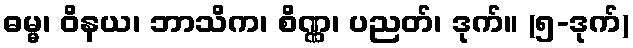
ဓမ္မ၊ ဝိနယ၊ ဘာသိက၊ စိဏ္ဏ၊ ပညတ်၊ ဒုက်။ (၅-ဒုက်)